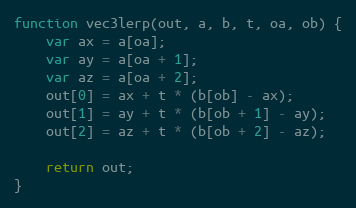
Language: JavaScript
function vec3lerp(out, a, b, t, oa, ob) {
    var ax = a[oa];
    var ay = a[oa + 1];
    var az = a[oa + 2];
    out[0] = ax + t * (b[ob] - ax);
    out[1] = ay + t * (b[ob + 1] - ay);
    out[2] = az + t * (b[ob + 2] - az);

    return out;
}